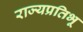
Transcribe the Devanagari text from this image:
राज्यप्रतिभू